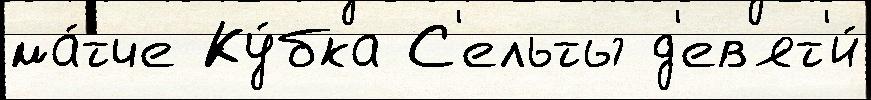
ма́тче Ку́бка С'ельты д'ев'ят'и́